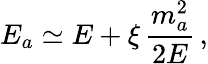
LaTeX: E_{a}\simeq E+\xi\, \frac{m_{a}^{2}}{2E}\, ,